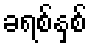
ခရစ်နှစ်